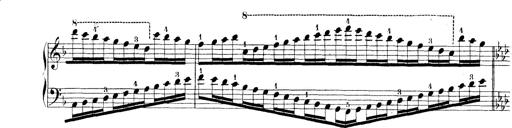
Title: Technische Studien
Composer: Franz Liszt